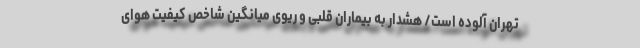
تهران آلوده است/ هشدار به بیماران قلبی و ریوی میانگین شاخص کیفیت هوای